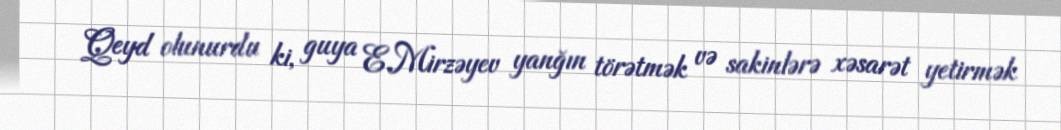
Qeyd olunurdu ki, guya E.Mirzəyev yanğın törətmək və sakinlərə xəsarət yetirmək